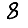
Digit: 8